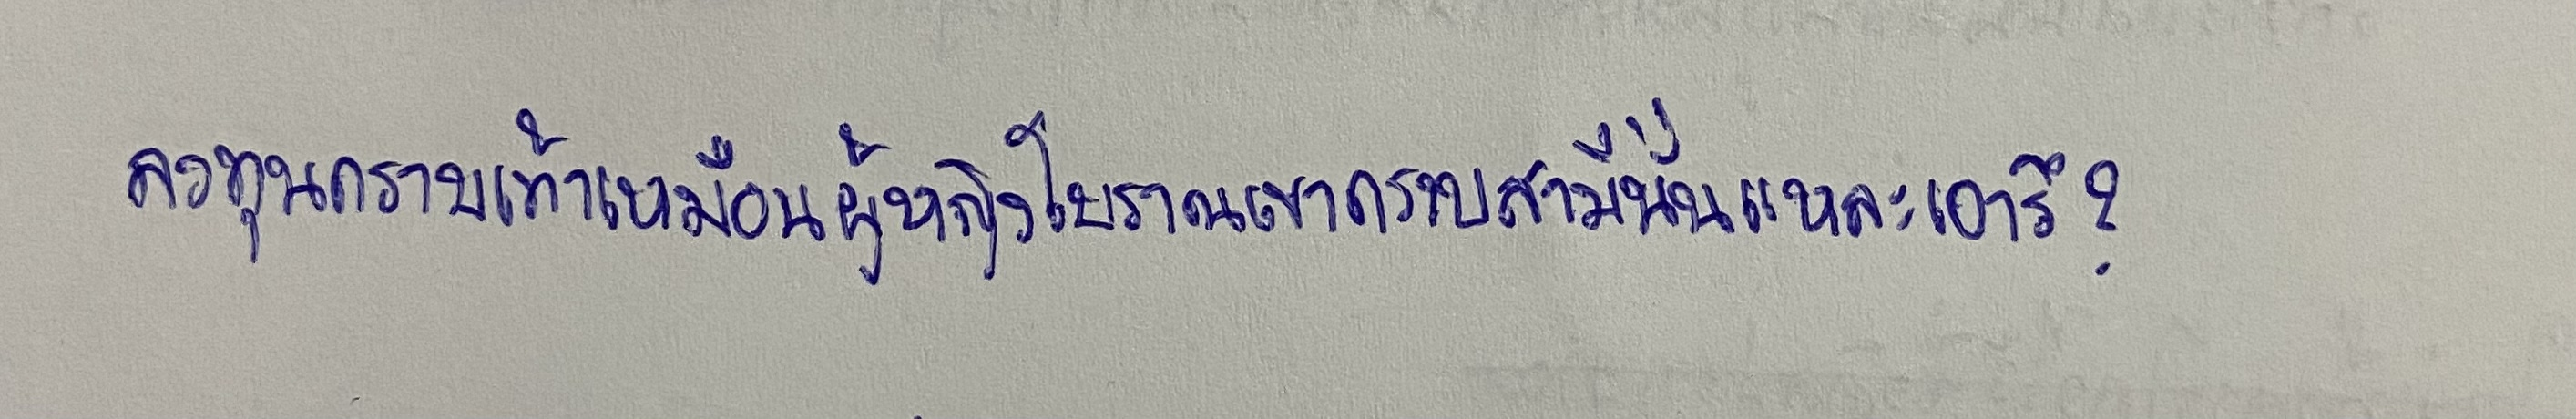
ลงทุนกราบเท้าเหมือนผู้หญิงโบราณเขากราบสามีนั่นแหละเอารึ?